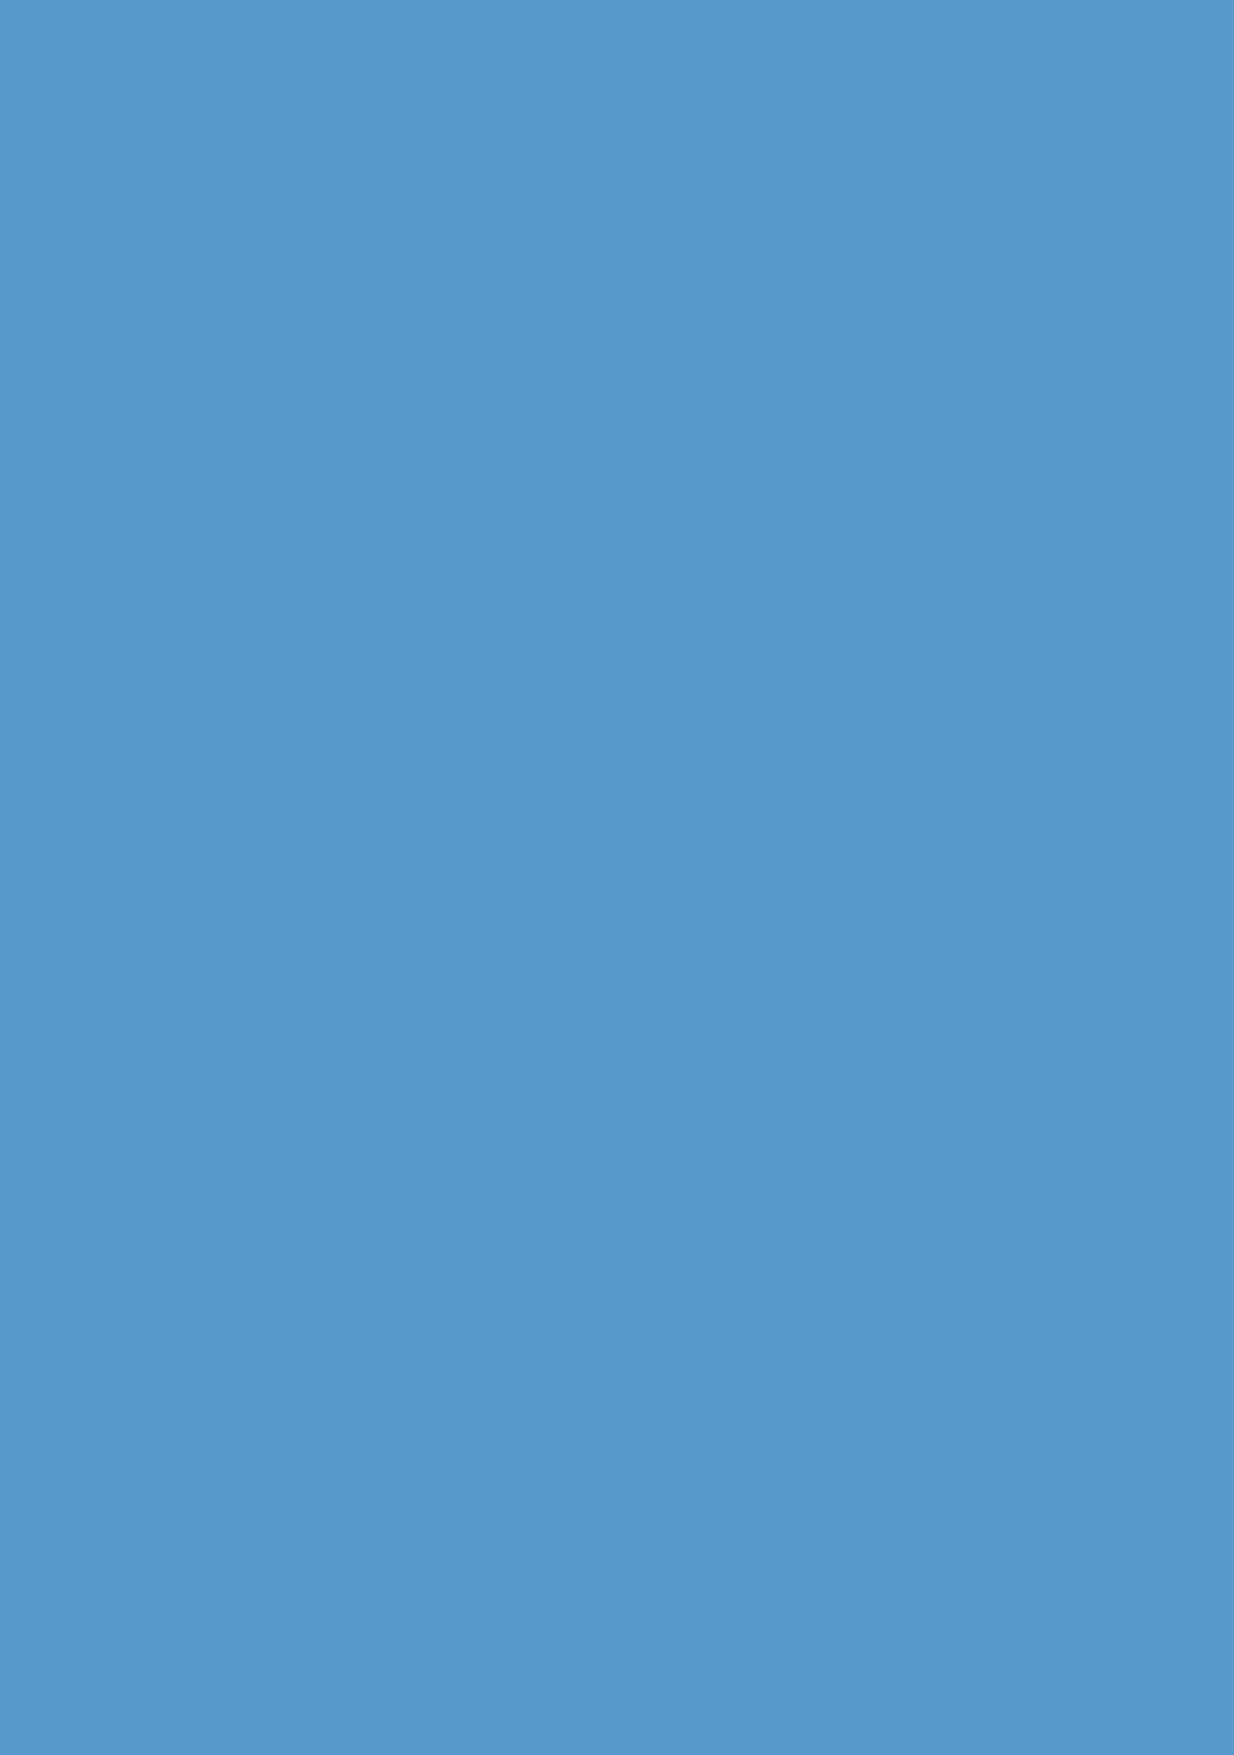
Cover 5col_option_new1_CHOOSEN.indd 2                                                                                                                        16/05/2018 12:38:13